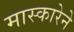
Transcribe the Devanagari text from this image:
मास्कारेने